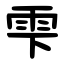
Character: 雫